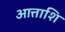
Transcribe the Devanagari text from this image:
आत्ताशि